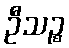
ဦသဉ္စ